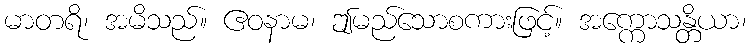
မာတရိ၊ အမိသည်။ ဧဝနာမ၊ ဤမည်သောစကားဖြင့်။ အက္ကောသန္တိယာ၊